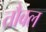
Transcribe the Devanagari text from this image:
तौबल